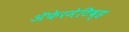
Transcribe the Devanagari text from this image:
ॲफेरमेटिव्ह